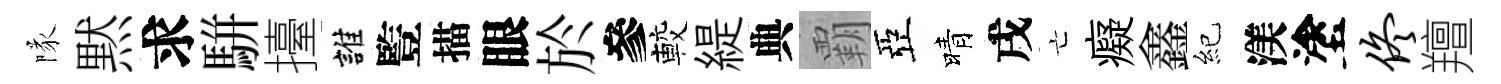
隊黙求駢擡誰䜿描眼於參較緹典覇亞晴戌亡癡鑫紀渼塗佟羶